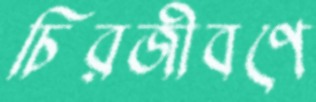
চিরজীবণে